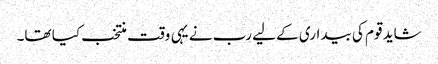
شاید قوم کی بیداری کے لیے رب نے یہی وقت منتخب کیا تھا۔